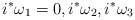
LaTeX: \begin{align*} i^*\omega_1=0, i^*\omega_2,i^*\omega_3 \end{align*}